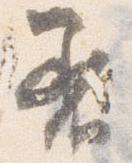
着